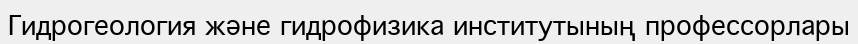
Гидрогеология және гидрофизика институтының профессорлары